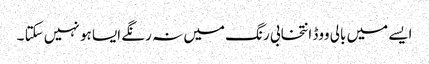
ایسے میں بالی ووڈ انتخابی رنگ میں نہ رنگے ایسا ہو نہیں سکتا ۔